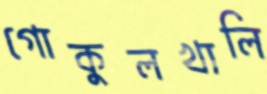
গোকুলখালি